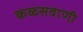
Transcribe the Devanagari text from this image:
कळसवाणी